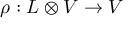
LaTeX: \rho : L \otimes V \rightarrow V